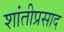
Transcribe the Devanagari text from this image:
शांतीप्रसाद